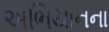
અભિયાનના